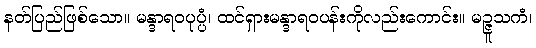
နတ်ပြည်ဖြစ်သော။ မန္ဒာရဝပုပ္ပံ၊ ထင်ရှားမန္ဒာရဝပန်းကိုလည်းကောင်း။ မဉ္ဇူသကံ၊